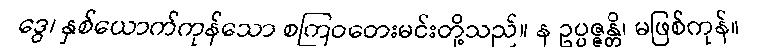
ဒွေ၊ နှစ်ယောက်ကုန်သော စကြဝတေးမင်းတို့သည်။ န ဥပ္ပဇ္ဇန္တိ၊ မဖြစ်ကုန်။